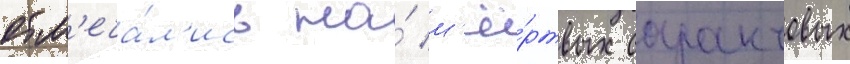
отм'еча́л'ись на́ м'ё́ртвых саранчовых